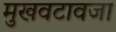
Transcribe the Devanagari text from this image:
मुखवटावजा